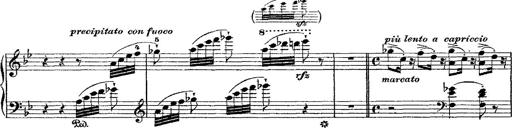
Title: Fantaisie romantique sur deux mÃ©lodies suisses
Composer: Franz Liszt